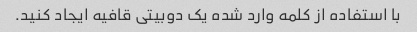
با استفاده از کلمه وارد شده یک دوبیتی قافیه ایجاد کنید.